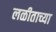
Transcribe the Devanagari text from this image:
लळीताच्या